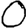
Digit: 0